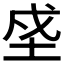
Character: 𡋊